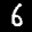
Label: 6